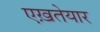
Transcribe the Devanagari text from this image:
एख़तेयार